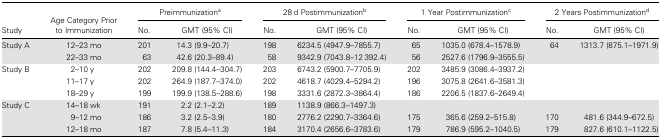
<table><thead><tr><td rowspan="2"><b>Study</b></td><td rowspan="2"><b>Age Category Prior to Immunization</b></td><td colspan="2"><b>Preimmunization<sup>a</sup></b></td><td colspan="2"><b>28 d Postimmunization<sup>b</sup></b></td><td colspan="2"><b>1 Year Postimmunization<sup>c</sup></b></td><td colspan="2"><b>2 Years Postimmunization<sup>d</sup></b></td></tr><tr><td><b>No.</b></td><td><b>GMT (95% CI)</b></td><td><b>No.</b></td><td><b>GMT (95% CI)</b></td><td><b>No.</b></td><td><b>GMT (95% CI)</b></td><td><b>No.</b></td><td><b>GMT (95% CI)</b></td></tr></thead><tbody><tr><td rowspan="2">Study A</td><td>12–23 mo</td><td>201</td><td>14.3 (9.9–20.7)</td><td>198</td><td>6234.5 (4947.9–7855.7)</td><td>65</td><td>1035.0 (678.4–1578.9)</td><td>64</td><td>1313.7 (875.1–1971.9)</td></tr><tr><td>22–33 mo</td><td>63</td><td>42.6 (20.3–89.4)</td><td>58</td><td>9342.9 (7043.8–12 392.4)</td><td>56</td><td>2527.6 (1796.9–3555.5)</td><td></td><td></td></tr><tr><td rowspan="3">Study B</td><td>2–10 y</td><td>202</td><td>209.8 (144.4–304.7)</td><td>203</td><td>6743.2 (5900.7–7705.9)</td><td>202</td><td>3485.9 (3086.4–3937.2)</td><td></td><td></td></tr><tr><td>11–17 y</td><td>202</td><td>264.9 (187.7–374.0)</td><td>202</td><td>4618.7 (4029.4–5294.2)</td><td>196</td><td>3075.8 (2641.6–3581.3)</td><td></td><td></td></tr><tr><td>18–29 y</td><td>199</td><td>199.9 (138.5–288.6)</td><td>198</td><td>3331.6 (2872.3–3864.4)</td><td>186</td><td>2206.5 (1837.6–2649.4)</td><td></td><td></td></tr><tr><td rowspan="3">Study C</td><td>14–18 wk</td><td>191</td><td>2.2 (2.1–2.2)</td><td>189</td><td>1138.9 (866.3–1497.3)</td><td></td><td></td><td></td><td></td></tr><tr><td>9–12 mo</td><td>186</td><td>3.2 (2.5–3.9)</td><td>180</td><td>2776.2 (2290.7–3364.6)</td><td>175</td><td>365.6 (259.2–515.8)</td><td>170</td><td>481.6 (344.9–672.5)</td></tr><tr><td>12–18 mo</td><td>187</td><td>7.8 (5.4–11.3)</td><td>184</td><td>3170.4 (2656.6–3783.6)</td><td>179</td><td>786.9 (595.2–1040.5)</td><td>179</td><td>827.6 (610.1–1122.5)</td></tr></tbody></table>